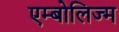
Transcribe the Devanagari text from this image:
एम्बोलिज्म